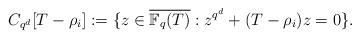
LaTeX: \begin{align*}C_{q^d}[T-\rho_i]:=\{z \in \overline{\mathbb{F}_q(T)}: z^{q^d}+(T-\rho_i)z=0 \}.\end{align*}